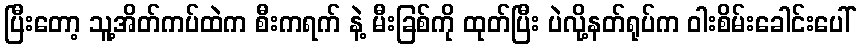
ပြီးတော့ သူ့အိတ်ကပ်ထဲက စီးကရက် နဲ့ မီးခြစ်ကို ထုတ်ပြီး ပဲလို့နတ်ရုပ်က ဝါးစိမ်းခေါင်းပေါ်